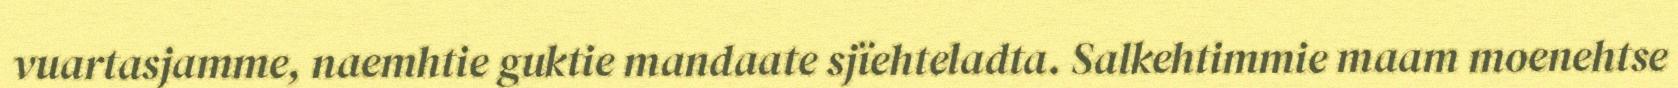
vuartasjamme, naemhtie guktie mandaate sjïehteladta. Salkehtimmie maam moenehtse